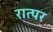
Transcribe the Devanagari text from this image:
रात्पर